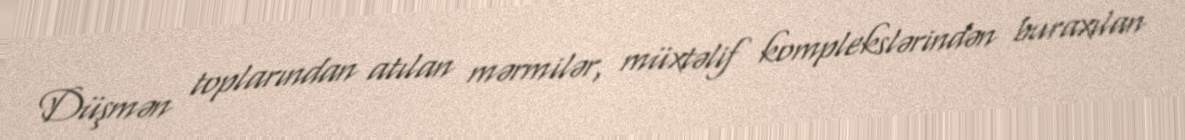
Düşmən toplarından atılan mərmilər, müxtəlif komplekslərindən buraxılan